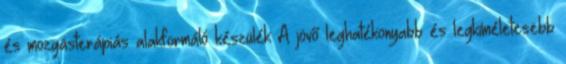
és mozgásterápiás alakformáló készülék A jövő leghatékonyabb és legkíméletesebb